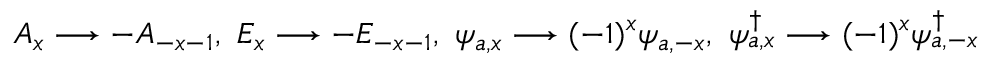
A _ { x } \longrightarrow - A _ { - x - 1 } , \ E _ { x } \longrightarrow - E _ { - x - 1 } , \ \psi _ { a , x } \longrightarrow ( - 1 ) ^ { x } \psi _ { a , - x } , \ \psi _ { a , x } ^ { \dag } \longrightarrow ( - 1 ) ^ { x } \psi _ { a , - x } ^ { \dag }